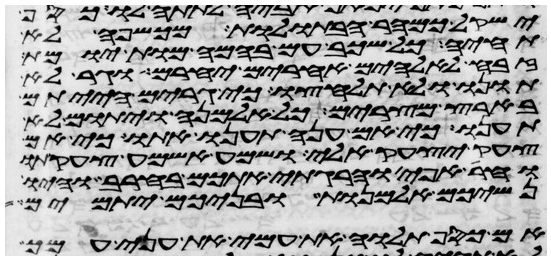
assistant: ישקל כמהר הבתולות מכשפה לא
תחיה כל שכב עם בהמה מות יומת
זבח לאלהים אחרים יחרם וגר לא
תונו ולא תלחצו כי גרים הייתם
בארץ מצרים כל אלמנה ויתום לא
תענו כי אם ענה תענו אתו כי אם
צעק יצעק אלי שמע אשמע צעקתו
וחרה אפי והרגתי אתכם בחרב והיו
נשיכם אלמנות ובניכם יתומים
אם כסף תלוה את עמי את עני עמך